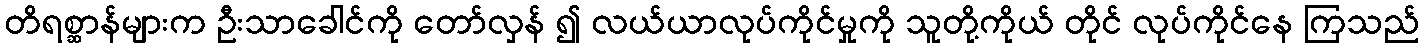
တိရစ္ဆာန်များက ဦးသာခေါင်ကို တော်လှန် ၍ လယ်ယာလုပ်ကိုင်မှုကို သူတို့ကိုယ် တိုင် လုပ်ကိုင်နေ ကြသည်